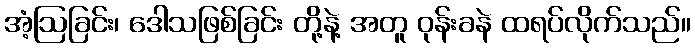
အံ့ဩခြင်း၊ ဒေါသဖြစ်ခြင်း တို့နဲ့ အတူ ဝုန်းခနဲ ထရပ်လိုက်သည်။